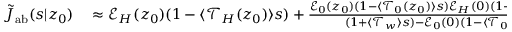
\begin{array} { r l } { \tilde { J } _ { \mathrm { { a b } } } ( s | z _ { 0 } ) } & { { } \approx \mathcal { E } _ { H } ( z _ { 0 } ) ( 1 - \langle \mathcal { T } _ { H } ( z _ { 0 } ) \rangle s ) + \frac { \mathcal { E } _ { 0 } ( z _ { 0 } ) ( 1 - \langle \mathcal { T } _ { 0 } ( z _ { 0 } ) \rangle s ) \mathcal { E } _ { H } ( 0 ) ( 1 - \langle \mathcal { T } _ { H } ( 0 ) \rangle s ) } { ( 1 + \langle \mathcal { T } _ { w } \rangle s ) - \mathcal { E } _ { 0 } ( 0 ) ( 1 - \langle \mathcal { T } _ { 0 } ( 0 ) \rangle s ) } \, , } \end{array}